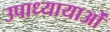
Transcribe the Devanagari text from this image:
उपाध्यायाओं